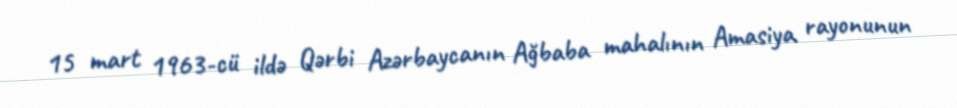
15 mart 1963-cü ildə Qərbi Azərbaycanın Ağbaba mahalının Amasiya rayonunun